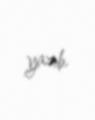
yazıb.